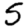
Digit: 5